Lunatic asylums United Provinces 1909-1921 - 1909-1921
Year: 1909
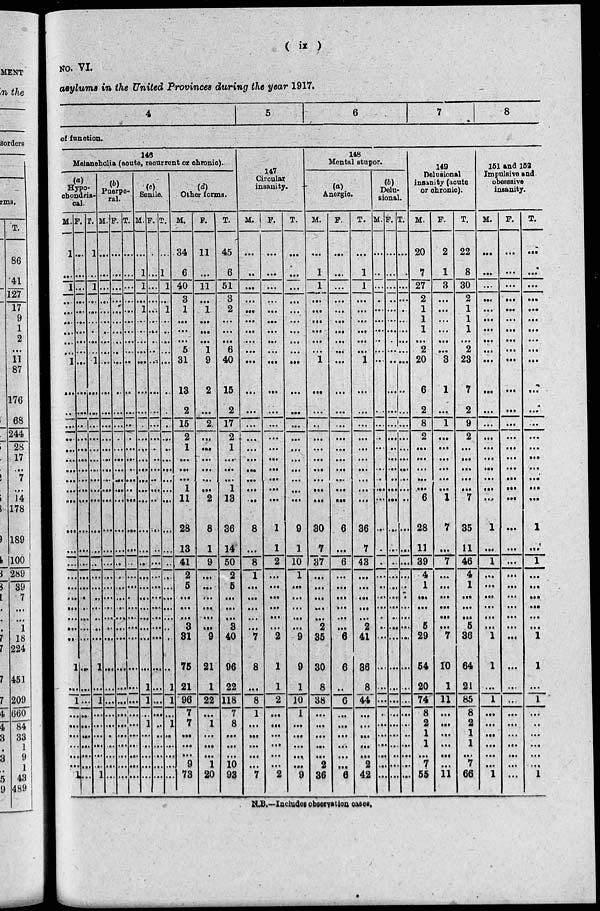
(
ix
)
NO. VI.
asylums in the United Provinces during the year 1917.
4
5
6
7
8
of function.
146
Melancholia (acute, recurrent or chronic).
(a)
Hypo-
chondria-
cal.
M.
1
...
1
...
...
...
...
...
...
1
...
...
...
...
...
...
...
...
...
...
...
...
...
...
...
...
...
...
...
...
1
...
1
...
...
...
...
...
... 1
F.
...
...
...
...
...
...
...
...
... ...
...
...
...
...
... ...
... ...
...
...
...
...
...
...
...
...
...
...
...
... ...
...
...
...
...
...
...
...
... ...
T.
1
...
1
...
...
...
...
...
...
1
...
...
...
...
... ...
...
...
...
...
...
...
...
...
...
...
...
...
...
...
1
...
1
...
...
...
...
...
... 1
(b)
Puerpe-
ral.
M.
...
...
...
...
...
...
...
...
...
...
...
...
...
...
...
...
...
...
...
...
...
...
...
...
... ...
...
...
...
...
...
...
...
...
...
...
...
...
...
...
F.
...
...
...
...
...
...
...
...
...
...
...
...
...
...
...
... ...
...
...
...
...
...
...
...
... ...
...
...
...
...
...
...
...
...
...
...
...
...
...
...
T.
...
...
...
...
...
...
...
...
...
...
...
...
...
...
... ...
...
...
...
...
...
...
...
...
... ...
...
...
...
...
...
...
...
...
...
...
...
...
...
...
(c)
Senile.
M.
...
1
1
... 1
...
...
...
...
...
...
...
...
...
... ...
...
...
...
...
...
...
...
...
... ...
...
...
...
...
...
1
1
... 1
...
...
...
...
...
F.
...
...
...
...
...
...
...
...
...
...
...
...
...
...
... ...
...
...
...
...
...
...
...
...
... ...
...
...
...
...
...
...
...
...
...
...
...
...
...
...
T.
...
1
1
... 1
...
...
...
...
...
...
...
...
...
...
... ...
...
...
...
...
...
...
...
... ...
... ...
... ...
...
1
1
...
1
...
...
...
...
...
(d)
Other forms.
M.
34
6
40
3
1
...
...
...
5
31
13
2
15
2
1
...
...
... 1
11
28
13
41
2
5
...
...
... 3
31
75
21
96
7
7
...
...
... 9
73
F.
11
...
11
...
1
...
...
... 1
9
2
...
2
...
...
...
...
...
... 2
8
1
9
...
...
...
...
...
...
9
21
1
22
...
1
...
...
... 1
20
T.
45
6
51
3
2
...
...
...
6
40
15
2
17
2
1
...
... ...
1
13
36
14
50
2
5
...
...
... 3
40
96
22
118
7
8
... ...
...
10
93
147
Circular.
insanity.
M.
...
...
...
...
...
...
...
...
...
...
...
...
...
...
...
...
...
... ...
...
8
...
8
1
...
...
...
... ...
7
8
...
8
1
...
...
...
...
...
7
F.
...
...
...
...
...
...
... ...
...
...
...
...
...
...
...
...
...
...
... ...
1
1
2
...
...
...
...
...
...
2
1
1
2
...
...
...
...
...
... 2
T.
...
...
...
...
...
...
...
...
...
...
...
...
...
...
...
...
...
...
...
9
1
10
1
...
...
... ...
...
9
9
1
10
1
...
...
...
...
...
9
148
Mental stupor.
(a)
Anergic.
M.
...
1
1
... ...
...
... ...
...
1
...
...
...
...
...
...
...
...
...
...
30
7
37
...
...
... ...
...
2
35
30
8
38
...
...
...
...
...
2
36
F.
...
...
...
...
...
...
...
...
...
...
...
...
...
...
...
...
...
...
...
...
6
...
6
...
...
...
...
...
...
6
6
...
6
...
...
...
...
...
...
6
T.
...
1
1
...
... ...
...
...
...
1
...
...
...
...
...
... ...
...
...
...
36
7
43
...
...
...
...
... 2
41
86
8
44
... ...
...
...
...
2
42
(b)
Delu-
sional.
M.
...
...
...
...
... ...
...
...
...
...
...
...
...
...
...
... ...
... ...
...
...
...
...
...
...
...
...
...
...
...
...
...
...
...
...
...
...
...
...
...
F.
...
...
...
... ...
...
...
...
...
...
...
...
...
...
...
...
...
... ...
...
...
...
...
...
...
...
...
...
...
...
...
...
...
...
...
...
...
...
...
...
T.
...
...
...
...
...
...
...
...
...
...
. .
...
...
...
...
...
... ...
...
...
...
...
...
...
...
...
...
...
...
...
...
...
...
...
...
...
...
...
... ...
149
Delusional
insanity (acute
or chronic).
M.
20
7
27
2
1
1
1
... 2
20
6
2
8
2
...
... ...
...
...
6
28
11
39
4
1
...
...
... 5
29
54
20
74
8
2
1
1
... 7
55
F.
2
1
3
...
...
...
...
...
...
3
1
...
1
...
...
...
...
...
... 1
7
...
7
...
...
...
...
...
...
7
10
1
11
... ...
...
...
...
...
11
T.
22
8
30
2
1
1
1
... 2
23
7
2
9
2
... ...
...
... ...
7
35
11
46
4
1
...
...
...
5
36
64
21
85
8
2
1
1
... 7
66
151 and 152
Impulsive and
obesssive
insanity.
M.
...
...
...
... ...
...
...
...
...
...
...
...
...
...
...
...
...
...
...
...
1
...
1
...
...
...
...
...
...
1
1
...
1
...
...
...
...
...
...
1
F.
...
...
...
...
...
...
...
...
...
...
...
...
...
...
...
...
...
...
...
...
...
...
...
...
...
...
...
...
...
...
...
...
...
...
...
...
... ...
...
...
T.
...
...
...
... ...
...
...
...
...
...
...
...
...
...
...
...
...
... ...
...
1
...
1
...
...
...
...
...
...
1
1
...
1
... ...
...
...
...
...
1
N.B.—Includes observation cases.